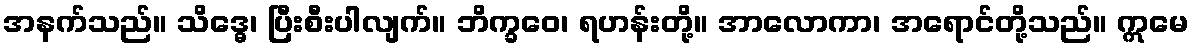
အနက်သည်။ သိဒ္ဓေ၊ ပြီးစီးပါလျက်။ ဘိက္ခဝေ၊ ရဟန်းတို့။ အာလောကာ၊ အရောင်တို့သည်။ ဣမေ